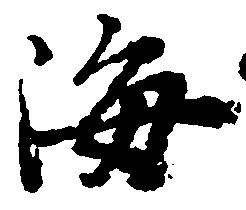
海